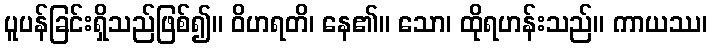
ပူပန်ခြင်းရှိသည်ဖြစ်၍။ ဝိဟရတိ၊ နေ၏။ သော၊ ထိုရဟန်းသည်။ ကာယဿ၊